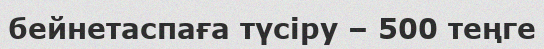
бейнетаспаға түсіру – 500 теңге